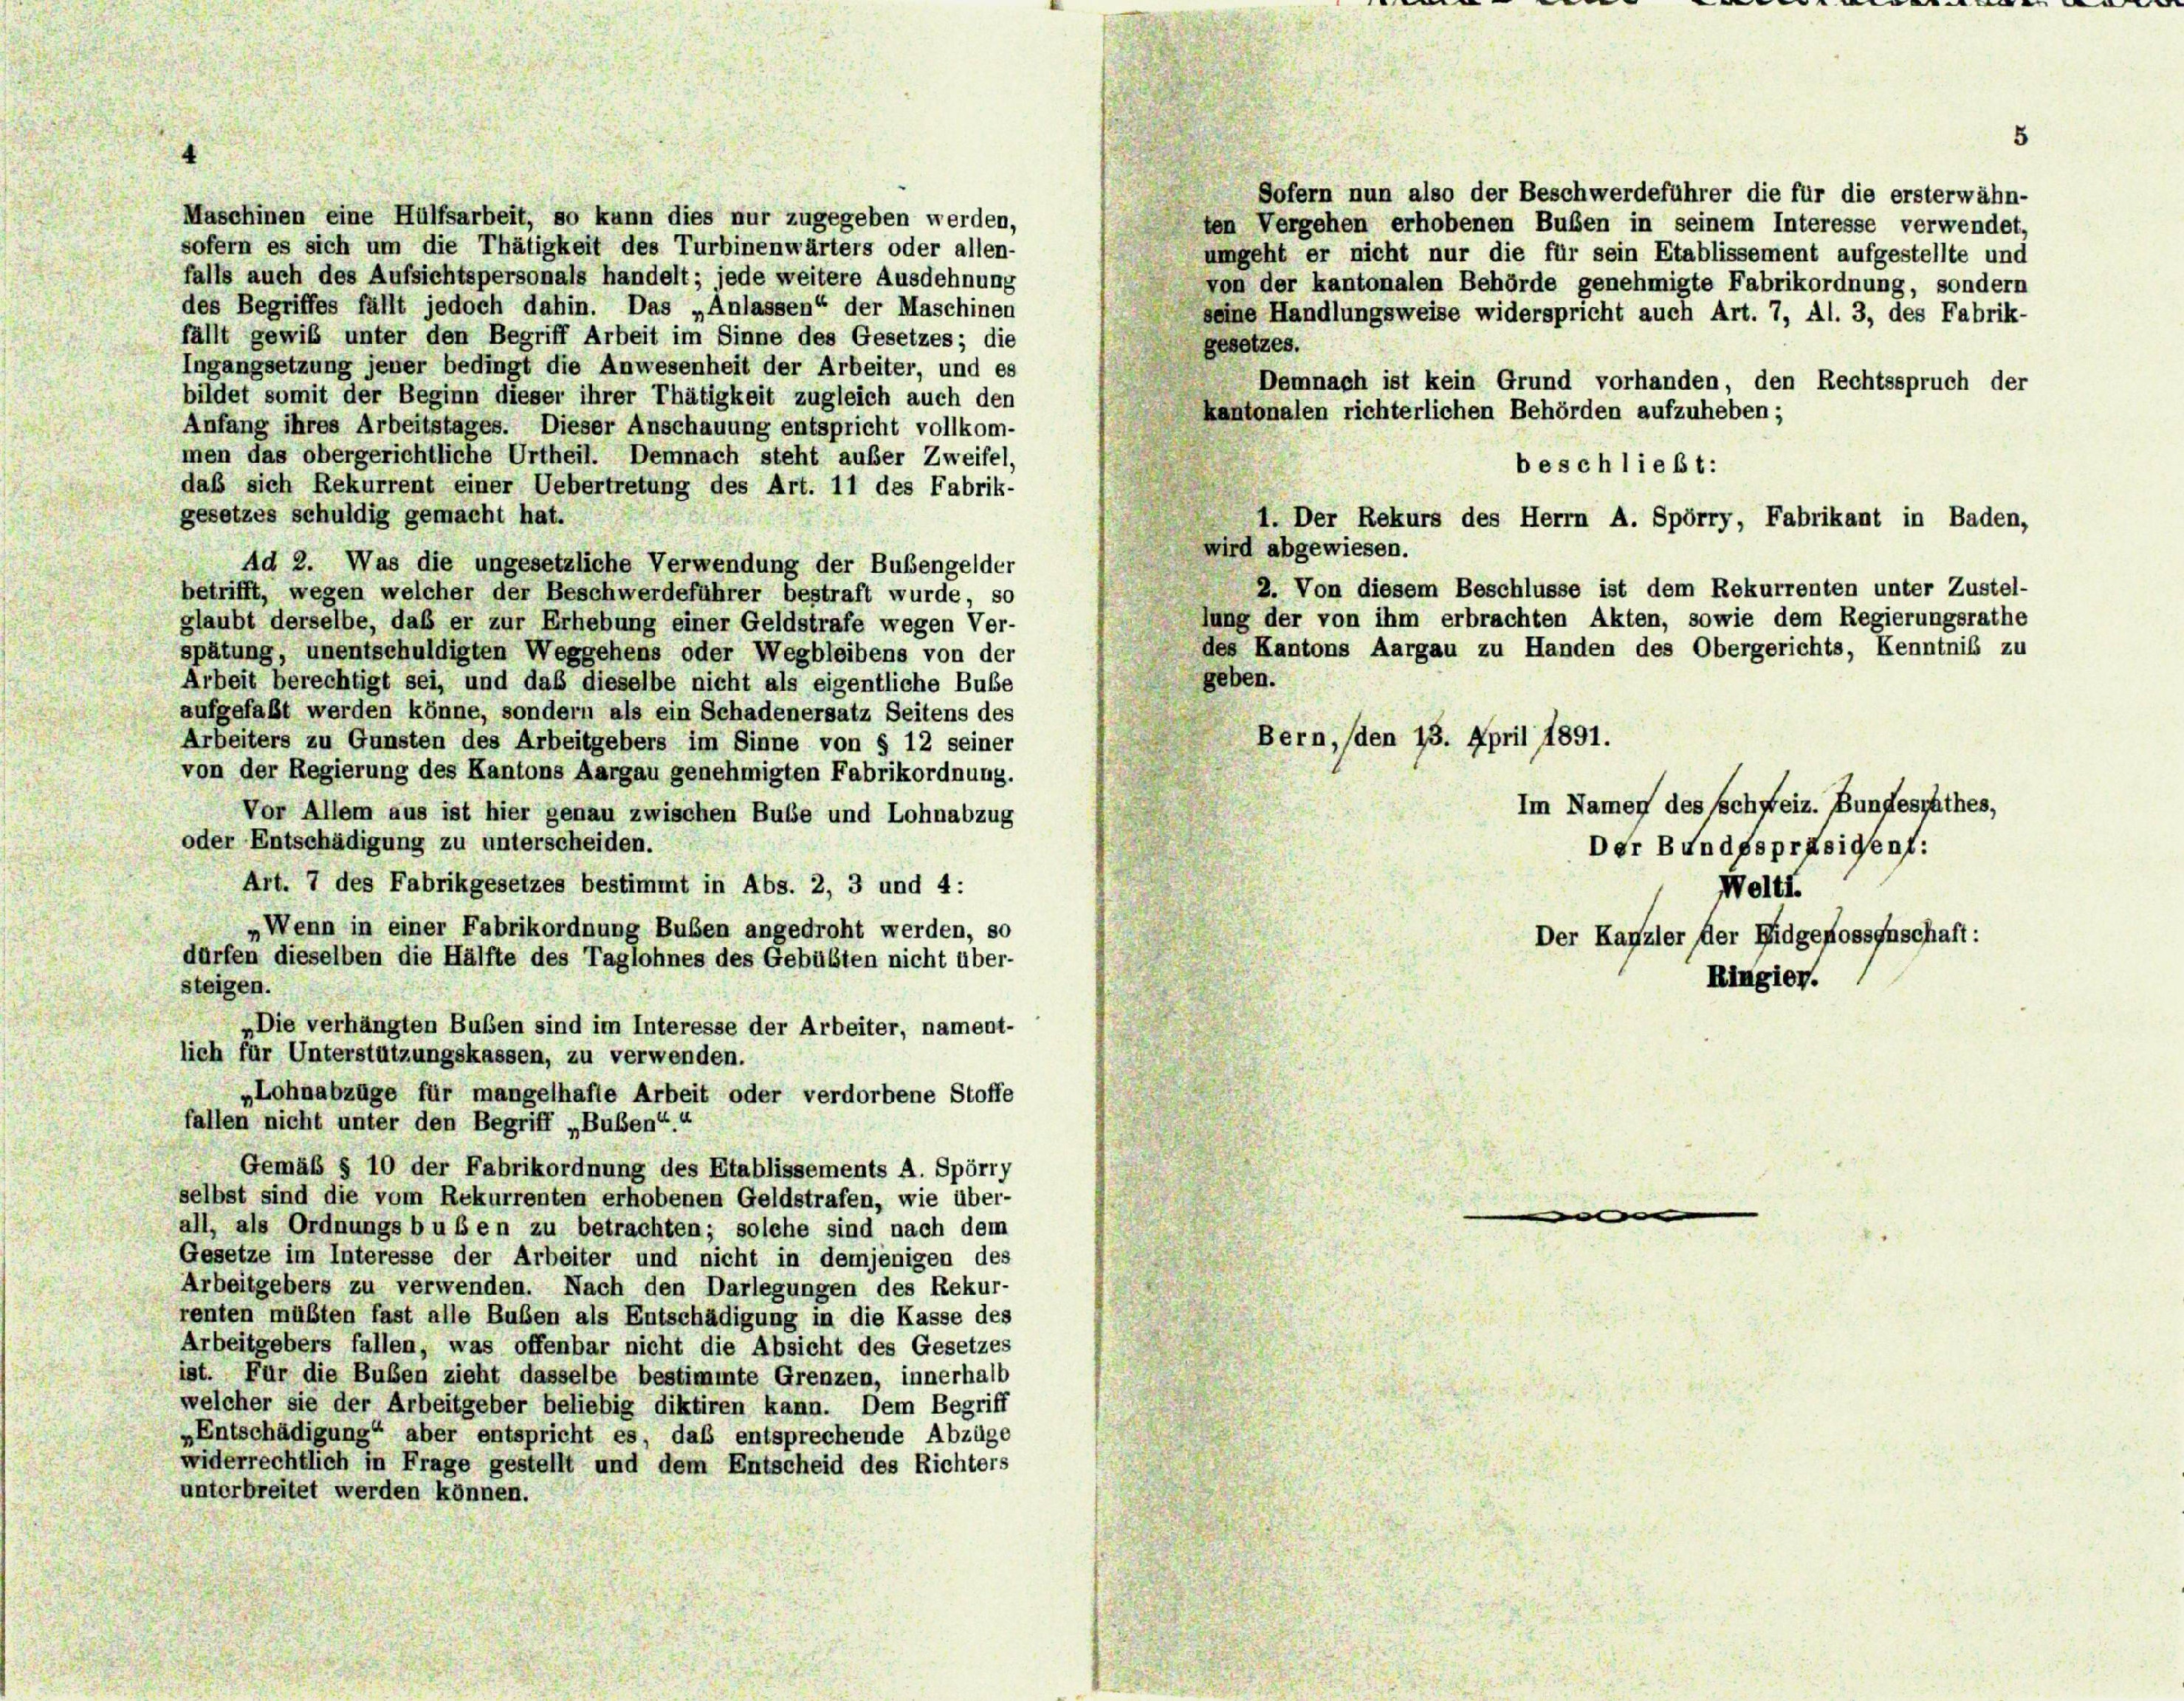
Sofern nun also der Beschwerdeführer die für die ersterwähn-
ten Vergehen erhobenen Bußen in seinem Interesse verwendet,
sofern es sich um die Thätigkeit des Turbinenwärters oder allen-
umgeht er nicht nur die für sein Etablissement aufgestellte und
falls auch des Aufsichtspersonals handelt; jede weitere Ausdehnung
von der kantonalen Behörde genehmigte Fabrikordnung, sondern
des Begriffes fällt jedoch dahin. Das „Anlassen“ der Maschinen
seine Handlungsweise widerspricht auch Art. 7, Al. 3, des Fabrik-
fällt gewib unter den Begriff Arbeit im Sinne des Gesetzes; die
gesetzes.
Ingangsetzung jener bedingt die Anwesenheit der Arbeiter, und es
Demnach ist kein Grund vorhanden, den Rechtsspruch der
bildet somit der Beginn dieser ihrer Thätigkeit zugleich auch den
Kantonalen richterlichen Behörden aufzuheben;
Anfang ihres Arbeitstages. Dieser Anschauung entspricht vollkom-
men das obergerichtliche Urtheil. Demnach steht außer Zweifel,
beschließt:
daß sich Rekurrent einer Uebertretung des Art. 11 des Fabrik-
gesetzes schuldig gemacht hat.
1. Der Rekurs des Herrn A. Spörry, Fabrikant in Baden,
wird abgewiesen.
Ad 2. Was die ungesetzliche Verwendung der Bubengelder
2. Von diesem Beschlüsse ist dem Rekurrenten unter Zustel-
betrifft, wegen welcher der Beschwerdeführer bestraft wurde, so
lung der von ihm erbrachten Akten, sowie dem Regierungsrathe
glaubt derselbe, daß er zur Erhebung einer Geldstrafe wegen Ver-
des Kantons Aargau zu Handen des Obergerichts, Kenntnis zu
spätung, unentschuldigten Weggehens oder Wegbleibens von der
geben.
Arbeit berechtigt sei, und daß dieselbe nicht als eigentliche Bube
aufgefaßt werden könne, sondern als ein Schadenersatz Seitens des
Bern, (den 13. April 1891.
Arbeiters zu Gunsten des Arbeitgebers im Sinne von § 12 seiner
von der Regierung des Kantons Aargau genehmigten Fabrikordnung.
Vor Allem aus ist hier genau zwischen Bube und Lohnabzug
oder Entschädigung zu unterscheiden.
Art. 7 des Fabrikgesetzes bestimmt in Abs. 2, 3 und 4:
„Wenn in einer Fabrikordnung Buben angedroht werden, so
Der Kanzler der Eidgenossenschaft:
dürfen dieselben die Hälfte des Taglohnes des Gebübten nicht über-
Ringier.
steigen.
„Die verhängten Bußen sind im Interesse der Arbeiter, nament-
lich für Unterstützungskassen, zu verwenden.
„Lohnabzüge für mangelhafte Arbeit oder verdorbene Stoffe
fallen nicht unter den Begriff „Buben“.“
Gemäß § 10 der Fabrikordnung des Etablissements A. Spörry
selbst sind die vom Rekurrenten erhobenen Geldstrafen, wie über-
all, als Ordnungsbußen zu betrachten; solche sind nach dem
Gesetze im Interesse der Arbeiter und nicht in demjenigen des
Arbeitgebers zu verwenden. Nach den Darlegungen des Rekur-
renten müßten fast alle Buben als Entschädigung in die Kasse des
Arbeitgebers fallen, was offenbar nicht die Absicht des Gesetzes
ist. Für die Buben zieht dasselbe bestimmte Grenzen, innerhalb
welcher sie der Arbeitgeber beliebig diktiren kann. Dem Begriff
„Entschädigung“ aber entspricht es, daß entsprechende Abzüge
widerrechtlich in Frage gestellt und dem Entscheid des Richters
unterbreitet werden können.

Maschinen eine Hülfsarbeit, so kann dies nur zugegeben werden,

Im Namen des Schweiz. Bundesrathes,
Der Bundfspräsident:
Welti.

5